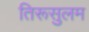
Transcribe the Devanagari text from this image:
तिरूसुलम